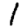
Digit: 1